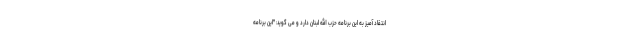
انتقاد آمیز به این برنامه حزب الله لبنان دارد و می گوید: "این برنامه